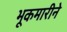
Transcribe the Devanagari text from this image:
भूकमारीने